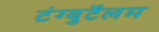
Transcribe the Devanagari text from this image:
टंग्युटैलम